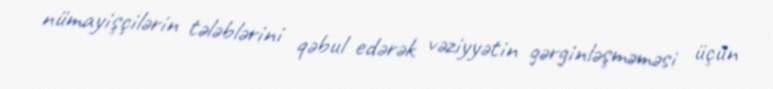
nümayişçilərin tələblərini qəbul edərək vəziyyətin gərginləşməməsi üçün